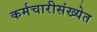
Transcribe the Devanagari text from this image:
कर्मचारीसंख्येत